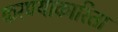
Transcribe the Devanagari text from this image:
करण्याकारिता